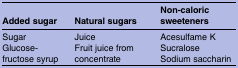
<table><thead><tr><td><b>Added sugar</b></td><td><b>Natural sugars</b></td><td><b>Non-caloric sweeteners</b></td></tr></thead><tbody><tr><td>Sugar</td><td>Juice</td><td>Acesulfame K</td></tr><tr><td rowspan="2">Glucose-fructose syrup</td><td rowspan="2">Fruit juice from concentrate</td><td>Sucralose</td></tr><tr><td>Sodium saccharin</td></tr></tbody></table>